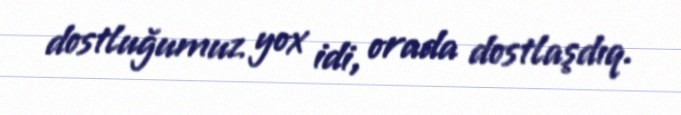
dostluğumuz yox idi, orada dostlaşdıq.